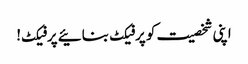
اپنی شخصیت کو پرفیکٹ بنائیے پرفیکٹ!